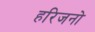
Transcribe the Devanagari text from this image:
हरिजनो